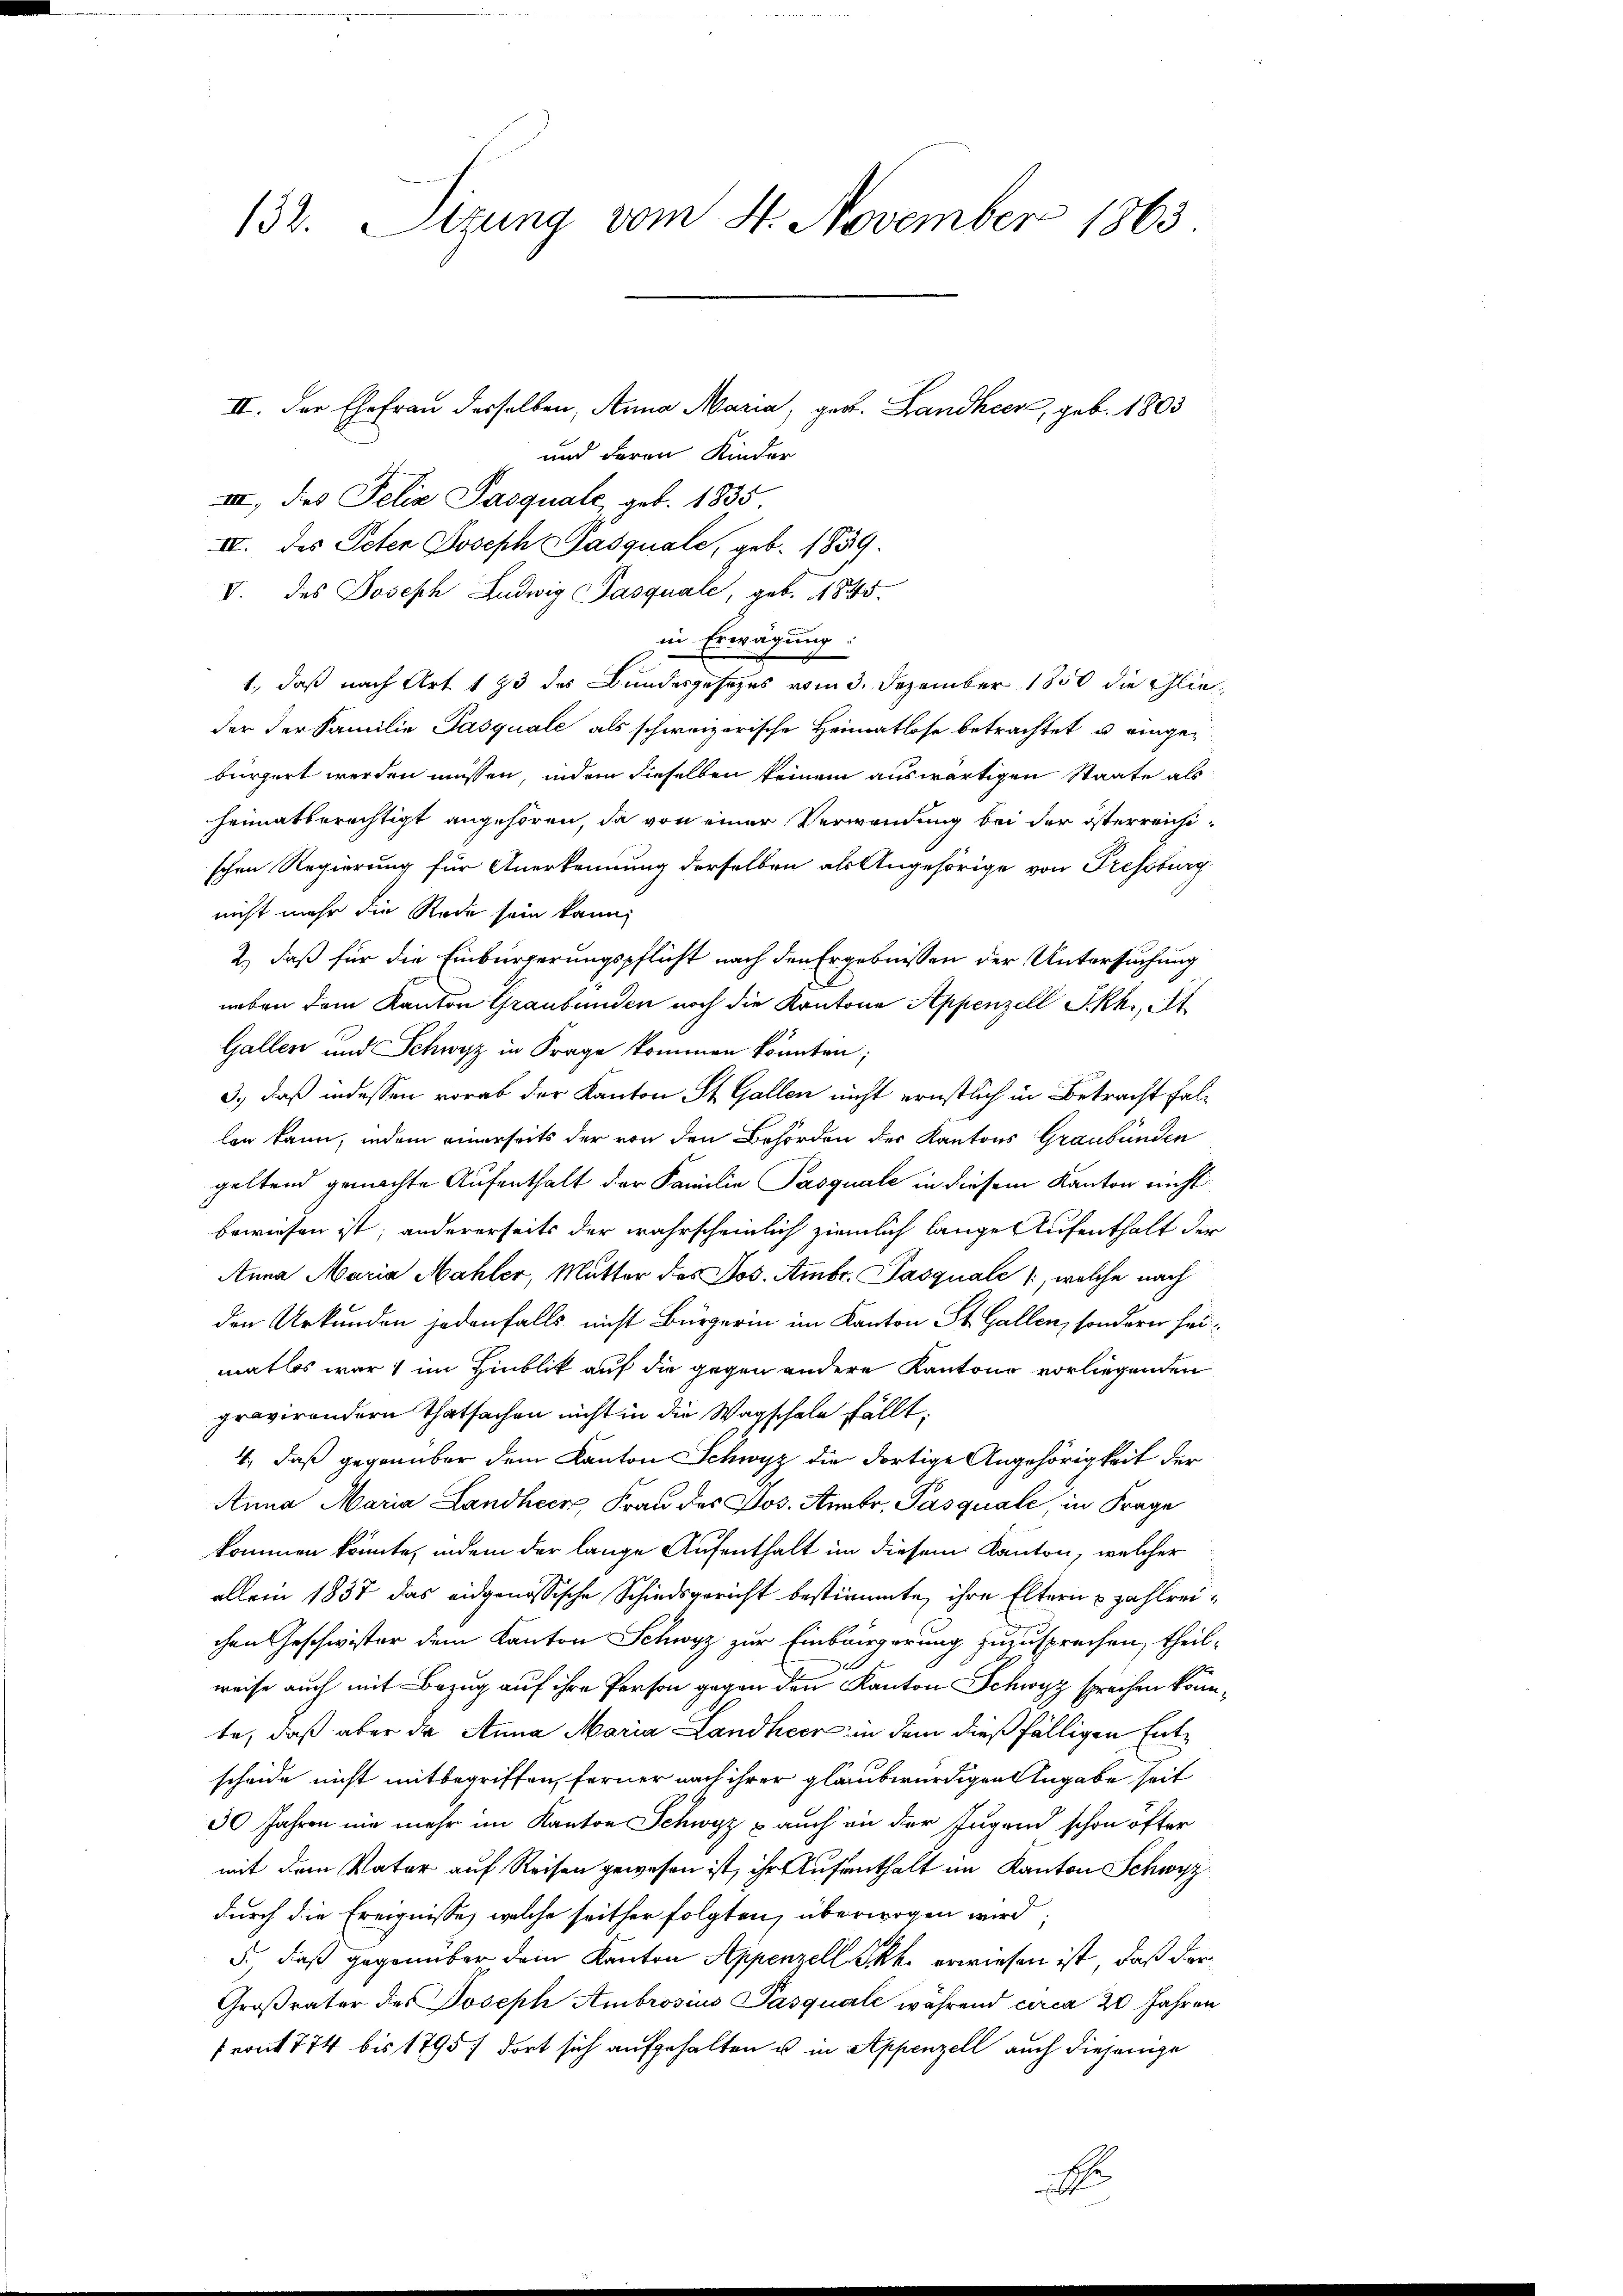
132. Sizung vom 4. November 1863.

II. Der Ehefrau derselben, Anna Maria, geb. Landheer, geb. 1803
und deren Kinder
II, des Felix Pasquale, geb. 1835
IV. des Peten Joseph Pasquale, geb. 1859.
V. des Joseph Ludwig Pasquale, geb. 1845.
in Erwägung:
1., daß nach Art 173 des Bundesgesezes vom 3. Dezember 1850 die Glieder der Familie Pasquale als schweizerische Heimatlose betrachtet u. eingebürgert werden müssen, indem dieselben keinem auswärtigen Staate als
heimatberechtigt angehören, da von einer Verwendung bei der österreichischen Regierung für Anerkennung derselben als Angehörige von Pressburg
nicht mehr die Rede sein kann,
2.) daß für die Einbürgerungspflicht nach den Ergebnissen der Untersuchung
neben dem Kanton Graubünden noch die Kantone Appenzell I.Rh., A
Gallen und Schwyz in Frage kommen könnten;
3.) daß indessen vorab der Kanton St. Gallen nicht ernstlich in Betracht fallen kann, indem einerseits der von den Behörden der Kantons Graubünden
geltend gemachte Aufenthalt der Familie Pasquale in diesem Kanton nicht
bewiesen ist; andererseits der wahrscheinlich ziemlich lange Aufenthalt der
Anna Maria Mahler, Mutter des Jos. Ambr. Pasquale /, welche nach
den Urkunden jedenfalls nicht Bürgerin im Kanton St. Gallen, sondern seimatlos war im Hinblik auf die gegen andere Kantone vorliegenden
gravirendern Thatsachen nicht in die Wagschale fällt,
4., daß gegenüber dem Kanton Schwyz die dortige Angehörigkeit der
Anna Maria Landherr Frau des Jos. Ambr. Pasquale, in Frage
kommen könnte, indem der lange Aufenthalt in diesem Kanton, welcher
allein 1837 das eidgenössische Schiedsgericht bestimmte, ihre Eltern zahlreichen Geschwister dem Kanton Schwyz zur Einbürgerung zuzusprechen, theilweise auch mit Bezug auf ihre Person gegen den Kanton Schwyz sprechen könnte, daß aber da Anna Maria Landheer in dem dießfälligen Entscheide nicht mitbegriffen, ferner nach ihrer glaubwürdigen Angabe seit
30 Jahren nie mehr im Kanton Schwyz & auch in der Jugend schon öfter
mit dem Vater auf Reisen gewesen ist, ihr Aufenthalt im Kanton Schwyz
durch die Ereignisse, welche seither folgten, überwogen wird
5. daß gegenüber dem Kanton Appenzell Skk. erwiesen ist, daß der
Großrater des Joseph Ambrosius Pasquaile während circa 20 Jahren
front 774 bis 1795/ dort sich aufgehalten u in Appenzell auch diejenige
E